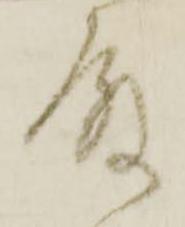
殿